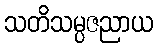
သတိသမ္ပဇညာယ